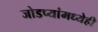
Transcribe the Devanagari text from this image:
जोडप्यांमध्येही